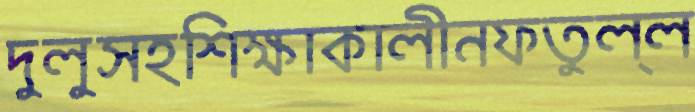
দুলুসহশিক্ষাকালীনফতুল্ল